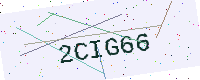
Text: 2CIG66